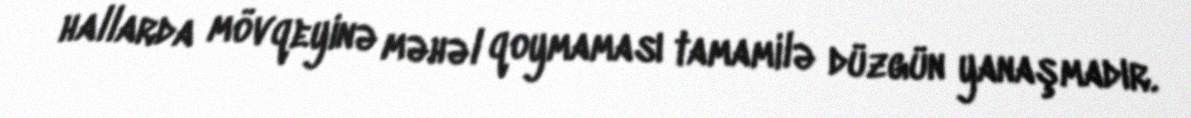
hallarda mövqeyinə məhəl qoymaması tamamilə düzgün yanaşmadır.